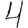
Digit: 4